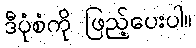
ဒီပုံစံကို ဖြည့်ပေးပါ။